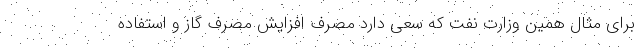
برای مثال همین وزارت نفت که سعی دارد مصرف افزایش مصرف گاز و استفاده